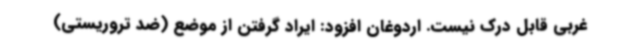
غربی قابل درک نیست. اردوغان افزود: ایراد گرفتن از موضع (ضد تروریستی)